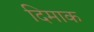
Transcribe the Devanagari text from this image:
दिमाक